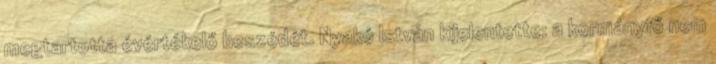
megtartotta évértékelő beszédét. Nyakó István kijelentette: a kormányfő nem